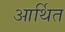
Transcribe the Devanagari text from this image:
आर्थित